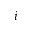
i